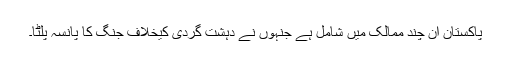
پاکستان ان چند ممالک میں شامل ہے جنہوں نے دہشت گردی کیخلاف جنگ کا پانسہ پلٹا۔